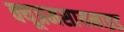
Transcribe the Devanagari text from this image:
क्यूप्रमसायनाइड